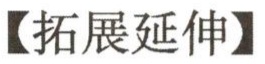
【拓展延伸】